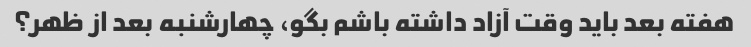
هفته بعد باید وقت آزاد داشته باشم بگو، چهارشنبه بعد از ظهر؟